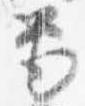
筆